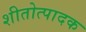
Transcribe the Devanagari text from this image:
शीतोत्पादक